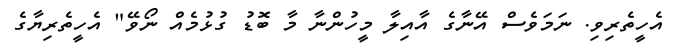
އެހީތެރިވި. ނަމަވެސް އޭނާގެ އާއިލާ މީހުންނާ މާ ބޮޑު ގުޅުމެއް ނޯވޭ" އެހީތެރިޔާގެ